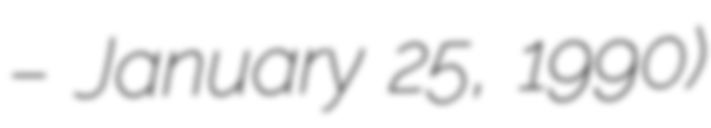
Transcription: – January 25, 1990)